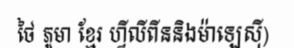
ថៃ ភូមា ខ្មែរ ហ្វីលីពីននិងម៉ាឡេស៊ី)